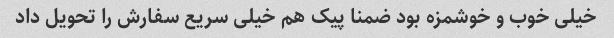
خیلی خوب و خوشمزه بود ضمنا پیک هم خیلی سریع سفارش را تحویل داد